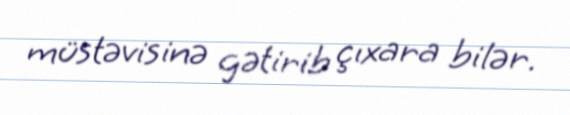
müstəvisinə gətirib çıxara bilər.